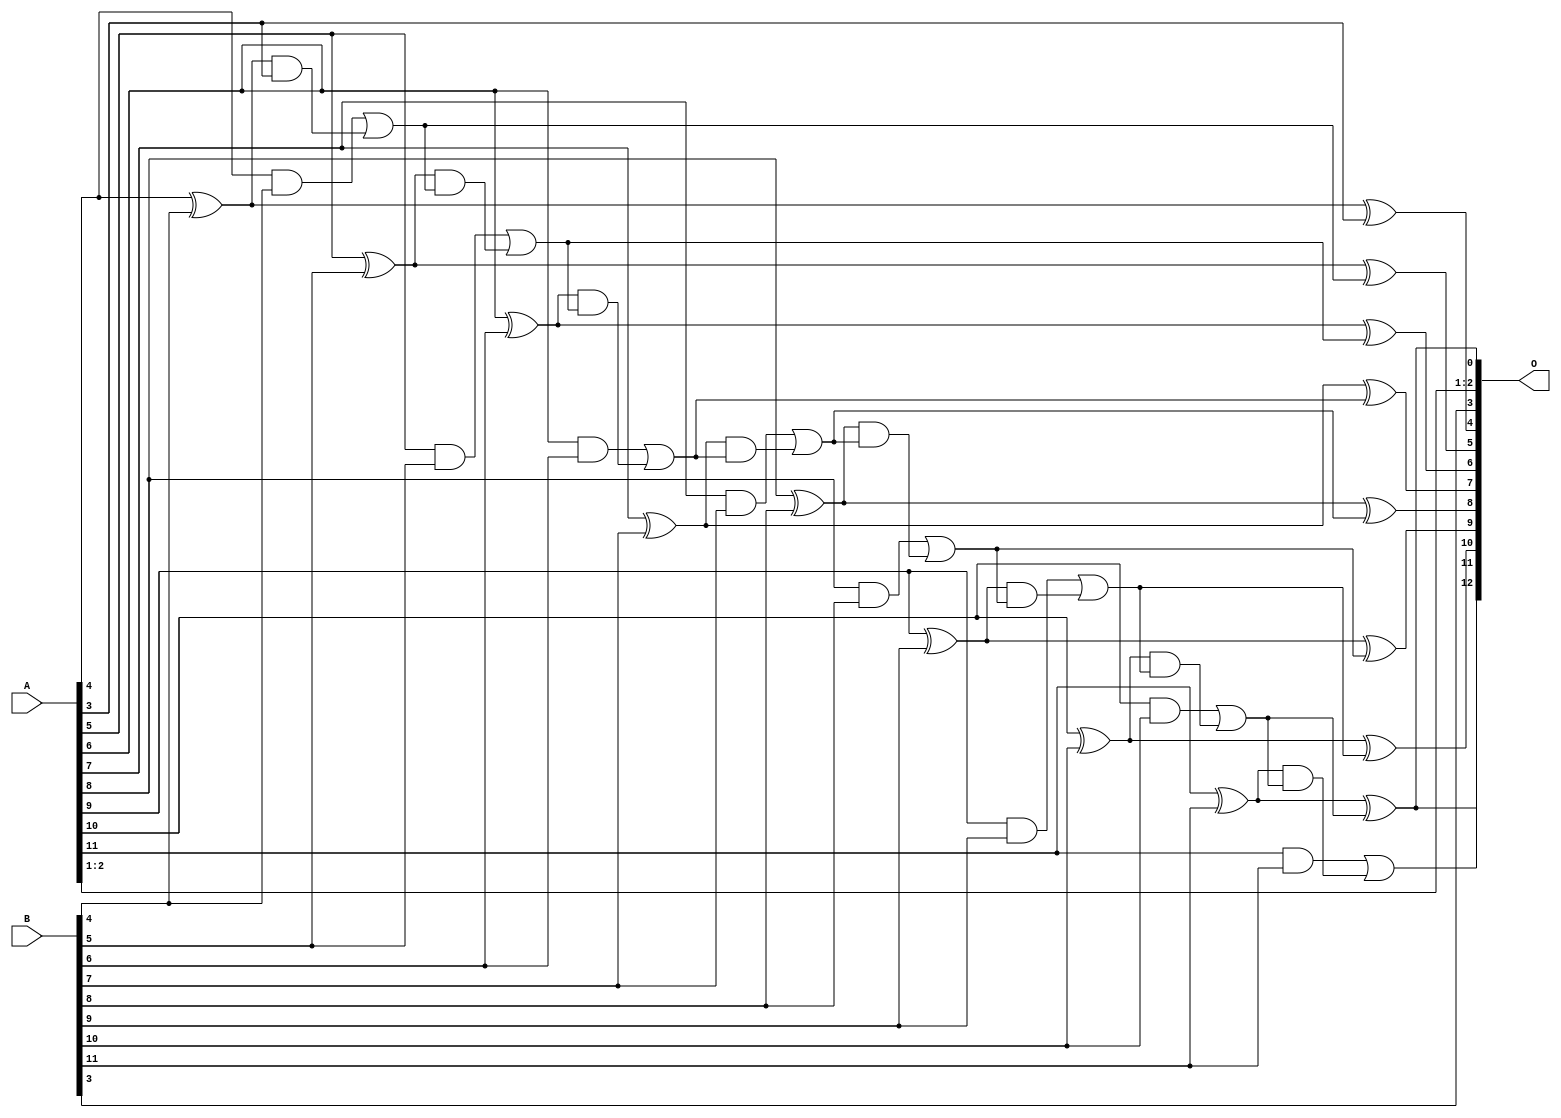
/***
* This code is a part of EvoApproxLib library (ehw.fit.vutbr.cz/approxlib) distributed under The MIT License.
* When used, please cite the following article(s): PRABAKARAN B. S., MRAZEK V., VASICEK Z., SEKANINA L., SHAFIQUE M. ApproxFPGAs: Embracing ASIC-based Approximate Arithmetic Components for FPGA-Based Systems. DAC 2020. 
***/
// MAE% = 0.049 %
// MAE = 4.0 
// WCE% = 0.11 %
// WCE = 9.0 
// WCRE% = 100.00 %
// EP% = 93.75 %
// MRE% = 0.14 %
// MSE = 22 
// FPGA_POWER = 0.38
// FPGA_DELAY = 8.5
// FPGA_LUT = 8.0


module add12u_09A(A, B, O);
  input [11:0] A, B;
  output [12:0] O;
  wire sig_41, sig_42, sig_43, sig_45, sig_46, sig_47;
  wire sig_48, sig_50, sig_51, sig_52, sig_53, sig_55;
  wire sig_56, sig_57, sig_58, sig_60, sig_61, sig_62;
  wire sig_63, sig_65, sig_66, sig_67, sig_68, sig_70;
  wire sig_71, sig_72, sig_73, sig_75, sig_76, sig_77;
  wire sig_78;
  assign sig_41 = A[4] ^ B[4];
  assign sig_42 = A[4] & B[4];
  assign sig_43 = sig_41 & A[3];
  assign O[4] = sig_41 ^ A[3];
  assign sig_45 = sig_42 | sig_43;
  assign sig_46 = A[5] ^ B[5];
  assign sig_47 = A[5] & B[5];
  assign sig_48 = sig_46 & sig_45;
  assign O[5] = sig_46 ^ sig_45;
  assign sig_50 = sig_47 | sig_48;
  assign sig_51 = A[6] ^ B[6];
  assign sig_52 = A[6] & B[6];
  assign sig_53 = sig_51 & sig_50;
  assign O[6] = sig_51 ^ sig_50;
  assign sig_55 = sig_52 | sig_53;
  assign sig_56 = A[7] ^ B[7];
  assign sig_57 = A[7] & B[7];
  assign sig_58 = sig_56 & sig_55;
  assign O[7] = sig_56 ^ sig_55;
  assign sig_60 = sig_57 | sig_58;
  assign sig_61 = A[8] ^ B[8];
  assign sig_62 = A[8] & B[8];
  assign sig_63 = sig_61 & sig_60;
  assign O[8] = sig_61 ^ sig_60;
  assign sig_65 = sig_62 | sig_63;
  assign sig_66 = A[9] ^ B[9];
  assign sig_67 = A[9] & B[9];
  assign sig_68 = sig_66 & sig_65;
  assign O[9] = sig_66 ^ sig_65;
  assign sig_70 = sig_67 | sig_68;
  assign sig_71 = A[10] ^ B[10];
  assign sig_72 = A[10] & B[10];
  assign sig_73 = sig_71 & sig_70;
  assign O[10] = sig_71 ^ sig_70;
  assign sig_75 = sig_72 | sig_73;
  assign sig_76 = A[11] ^ B[11];
  assign sig_77 = A[11] & B[11];
  assign sig_78 = sig_76 & sig_75;
  assign O[0] = sig_76 ^ sig_75;
  assign O[12] = sig_77 | sig_78;
  assign O[1] = A[1];
  assign O[2] = A[2];
  assign O[3] = B[3];
  assign O[11] = O[0];
endmodule